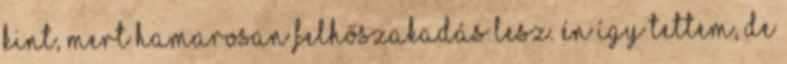
kint, mert hamarosan felhőszakadás lesz. Én így tettem, de